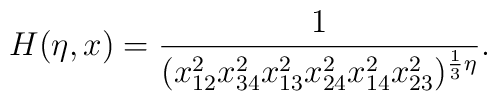
H(\eta,x)=\frac{1}{(x_{12}^{2}x_{34}^{2}x_{13}^{2}x_{24}^{2}x_{14}^{2}x_{23}^{2})^{\frac{1}{3}\eta}}.